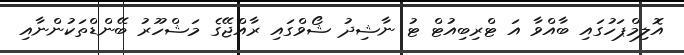
އޮލިމްޕަހުގައި ބާއްވާ އަ ޓްރިބިއުޓް ޓު ނާޝިދު ޝޯވްގައި ރާއްޖޭގެ މަޝްހޫރު ބޭންޑްތަކުންނާއި